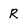
Character: R